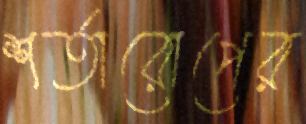
শর্তারোপের